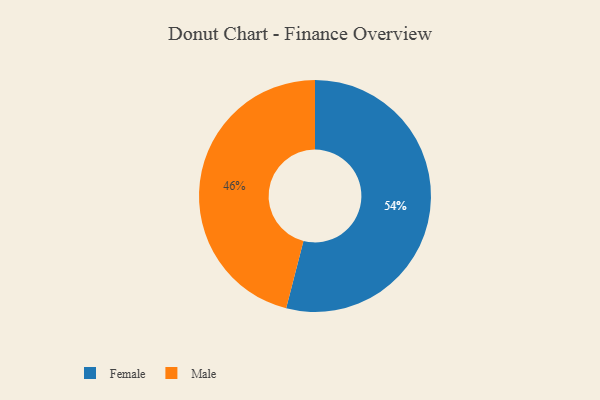
{"axis": {"x": "Category", "y": "Percentage"}, "legend": ["Female", "Male"], "data": [{"x": "Male", "y": 46, "type": "Male"}, {"x": "Female", "y": 54, "type": "Female"}]}